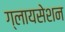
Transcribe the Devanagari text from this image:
ग्लायसेशन